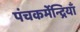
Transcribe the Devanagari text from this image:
पंचकर्मेन्द्रियाँ